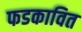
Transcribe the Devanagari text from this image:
फडकावित